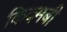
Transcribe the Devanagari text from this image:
किदमबी